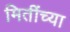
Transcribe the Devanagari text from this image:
मितींच्या